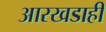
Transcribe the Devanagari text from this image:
आरखडाही